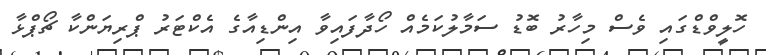
ހޮލީވްޑްގައި ވެސް މިހާރު ބޮޑު ސަމާލުކަމެއް ހޯދާފައިވާ އިންޑިއާގެ އެކްޓަރު ޕްރިޔަންކާ ޗޯޕްޅާ